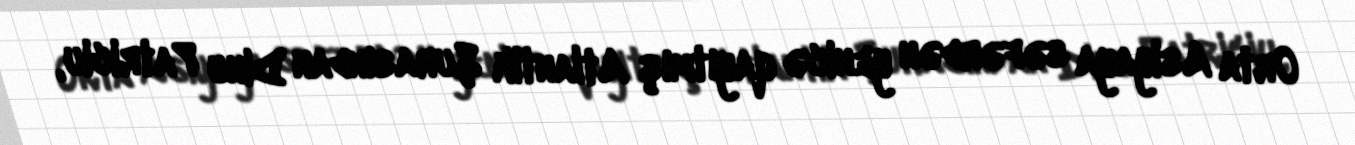
Orta Asiyaya səfərdən yenicə qayıtmış Atlantik Şurasından Dinu Patriciu,